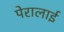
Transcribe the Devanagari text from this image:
पेरालाई